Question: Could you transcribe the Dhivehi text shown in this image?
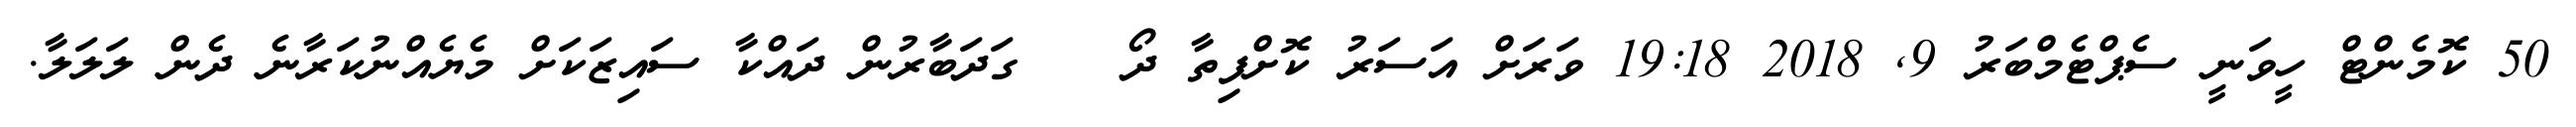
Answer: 50 ކޮމެންޓް ހީވަނީ ސެޕްޓެމްބަރު 9, 2018 19:18 ވަރަށް އަސަރު ކޮށްފިތާ ދޯ ?? ގަދަބާރުން ދައްކާ ސައިޒަކަށް މެޔެއްނުކަރާނެ ދެން ލަލަލާ.